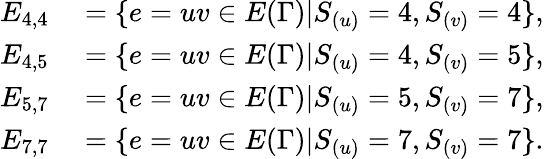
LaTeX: \begin{array}{rl}{E_{4,4}}&{{}=\{ e=uv\in E(\Gamma)|S_{(u)}=4,S_{(v)}=4\} ,}\\ {E_{4,5}}&{{}=\{ e=uv\in E(\Gamma)|S_{(u)}=4,S_{(v)}=5\} ,}\\ {E_{5,7}}&{{}=\{ e=uv\in E(\Gamma)|S_{(u)}=5,S_{(v)}=7\} ,}\\ {E_{7,7}}&{{}=\{ e=uv\in E(\Gamma)|S_{(u)}=7,S_{(v)}=7\} .}\end{array}